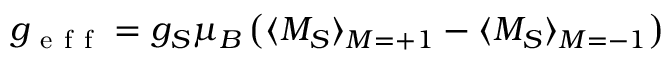
g _ { \mathrm { ~ e ~ f ~ f ~ } } = g _ { S } \mu _ { B } \left( \langle M _ { S } \rangle _ { M = + 1 } - \langle M _ { S } \rangle _ { M = - 1 } \right)